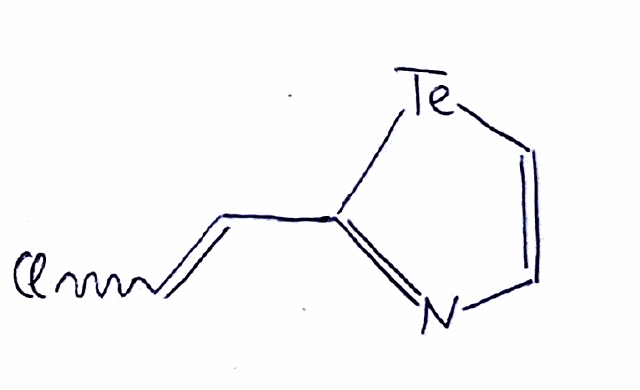
Simplified molecular-input line-entry system (SMILES) notation of the given molecule:
C1=C[Te]C(=N1)C=CCl